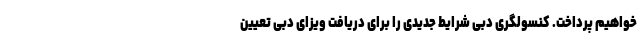
خواهیم پرداخت. کنسولگری دبی شرایط جدیدی را برای دریافت ویزای دبی تعیین